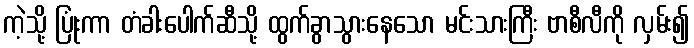
ကဲ့သို့ ပြုံးကာ တံခါးပေါက်ဆီသို့ ထွက်ခွာသွားနေသော မင်းသားကြီး ဗာစီလီကို လှမ်း၍